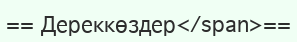
== Дереккөздер</span>==